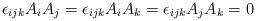
LaTeX: \begin{align*}\epsilon_{ijk}A_{i}A_{j}=\epsilon_{ijk}A_{i}A_{k}=\epsilon_{ijk}A_{j}A_{k}=0\end{align*}